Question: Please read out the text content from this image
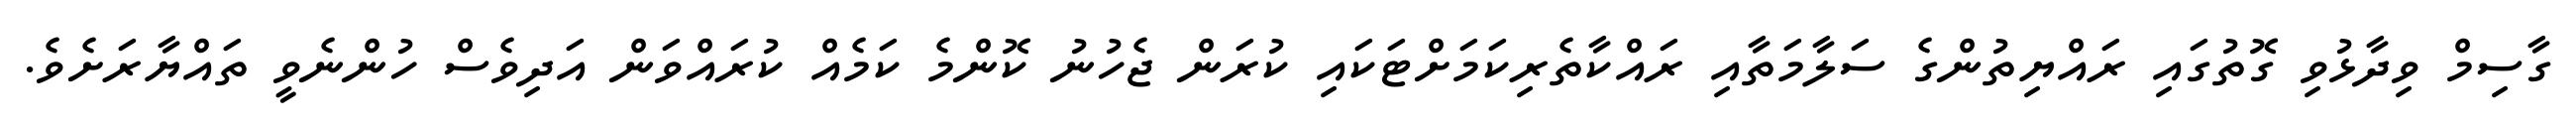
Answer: ގާސިމް ވިދާޅުވި ގޮތުގައި ރައްޔިތުންގެ ސަލާމަތާއި ރައްކާތެރިކަމަށްޓަކައި ކުރަން ޖެހުނު ކޮންމެ ކަމެއް ކުރައްވަން އަދިވެސް ހުންނެވީ ތައްޔާރަށެވެ.